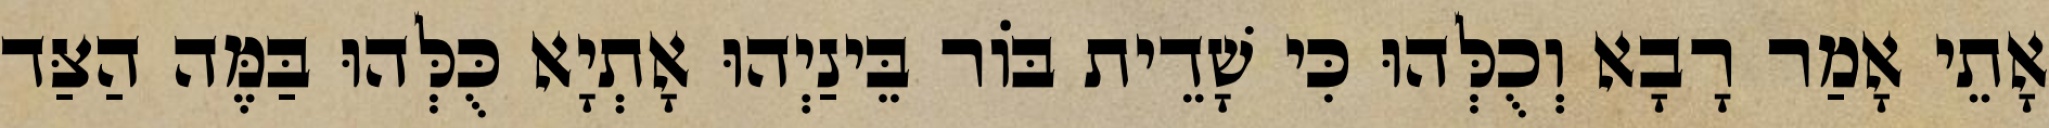
אָתֵי אָמַר רָבָא וְכֻלְּהוּ כִּי שָׁדֵית בּוֹר בֵּינַיְהוּ אָתְיָא כֻּלְּהוּ בַּמֶּה הַצַּד